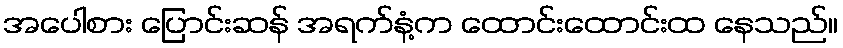
အပေါစား ပြောင်းဆန် အရက်နံ့က ထောင်းထောင်းထ နေသည်။